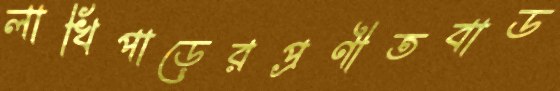
লাখিপাড়েরপ্রণীতবাড